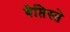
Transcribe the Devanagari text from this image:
बैप्तिस्ते